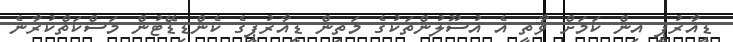
ޑީއާރުޕީ އިން ކަމަށް ވާތީ އެ އުސޫލުންތަކުގެ މަތިން ޑީއާރުޕީގެ ކެންޑިޑޭޓުން މަސްކަތްކުރާނެ